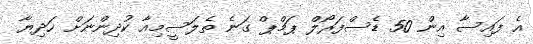
އެ ފައިސާ އިން 50 ޑެސްފަރޯލް ޕަމްޕް ގަނެ ތެލަސީމިއާ ކުދިންނަށް ހަދިޔާ